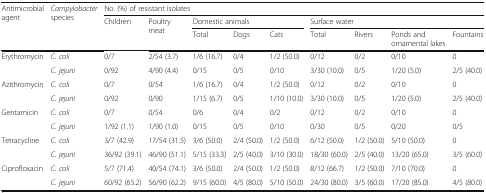
<table><thead><tr><td rowspan="3"><b>Antimicrobial agent</b></td><td rowspan="3"><b><i>Campylobacter</i> species</b></td><td colspan="9"><b>No. (%) of resistant isolates</b></td></tr><tr><td rowspan="2"><b>Children</b></td><td rowspan="2"><b>Poultry meat</b></td><td colspan="3"><b>Domestic animals</b></td><td colspan="4"><b>Surface water</b></td></tr><tr><td><b>Total</b></td><td><b>Dogs</b></td><td><b>Cats</b></td><td><b>Total</b></td><td><b>Rivers</b></td><td><b>Ponds and ornamental lakes</b></td><td><b>Fountains</b></td></tr></thead><tbody><tr><td rowspan="2">Erythromycin</td><td><i>C. coli</i></td><td>0/7</td><td>2/54 (3.7)</td><td>1/6 (16.7)</td><td>0/4</td><td>1/2 (50.0)</td><td>0/12</td><td>0/2</td><td>0/10</td><td>0</td></tr><tr><td><i>C. jejuni</i></td><td>0/92</td><td>4/90 (4.4)</td><td>0/15</td><td>0/5</td><td>0/10</td><td>3/30 (10.0)</td><td>0/5</td><td>1/20 (5.0)</td><td>2/5 (40.0)</td></tr><tr><td rowspan="2">Azithromycin</td><td><i>C. coli</i></td><td>0/7</td><td>0/54</td><td>1/6 (16.7)</td><td>0/4</td><td>1/2 (50.0)</td><td>0/12</td><td>0/2</td><td>0/10</td><td>0</td></tr><tr><td><i>C. jejuni</i></td><td>0/92</td><td>0/90</td><td>1/15 (6.7)</td><td>0/5</td><td>1/10 (10.0)</td><td>3/30 (10.0)</td><td>0/5</td><td>1/20 (5.0)</td><td>2/5 (40.0)</td></tr><tr><td rowspan="2">Gentamicin</td><td><i>C. coli</i></td><td>0/7</td><td>0/54</td><td>0/6</td><td>0/4</td><td>0/2</td><td>0/12</td><td>0/2</td><td>0/10</td><td>0</td></tr><tr><td><i>C. jejuni</i></td><td>1/92 (1.1)</td><td>1/90 (1.0)</td><td>0/15</td><td>0/5</td><td>0/10</td><td>0/30</td><td>0/5</td><td>0/20</td><td>0/5</td></tr><tr><td rowspan="2">Tetracycline</td><td><i>C. coli</i></td><td>3/7 (42.9)</td><td>17/54 (31.5)</td><td>3/6 (50.0)</td><td>2/4 (50.0)</td><td>1/2 (50.0)</td><td>6/12 (50.0)</td><td>1/2 (50.0)</td><td>5/10 (50.0)</td><td>0</td></tr><tr><td><i>C. jejuni</i></td><td>36/92 (39.1)</td><td>46/90 (51.1)</td><td>5/15 (33.3)</td><td>2/5 (40.0)</td><td>3/10 (30.0)</td><td>18/30 (60.0)</td><td>2/5 (40.0)</td><td>13/20 (65.0)</td><td>3/5 (60.0)</td></tr><tr><td rowspan="2">Ciprofloxacin</td><td><i>C. coli</i></td><td>5/7 (71.4)</td><td>40/54 (74.1)</td><td>3/6 (50.0)</td><td>2/4 (50.0)</td><td>1/2 (50.0)</td><td>8/12 (66.7)</td><td>1/2 (50.0)</td><td>7/10 (70.0)</td><td>0</td></tr><tr><td><i>C. jejuni</i></td><td>60/92 (65.2)</td><td>56/90 (62.2)</td><td>9/15 (60.0)</td><td>4/5 (80.0)</td><td>5/10 (50.0)</td><td>24/30 (80.0)</td><td>3/5 (60.0)</td><td>17/20 (85.0)</td><td>4/5 (80.0)</td></tr></tbody></table>